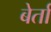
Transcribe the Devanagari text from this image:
बेर्ता